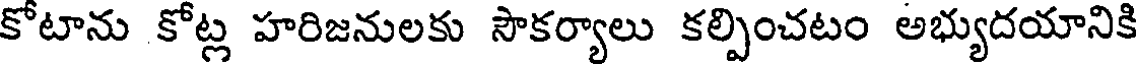
కోటాను కోట్ల హరిజనులకు సౌకర్యాలు కల్పించటం అభ్యుదయానికి